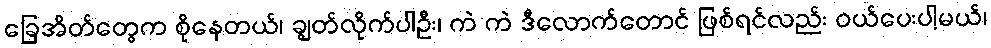
ခြေအိတ်တွေက စိုနေတယ်၊ ချွတ်လိုက်ပါဦး၊ ကဲ ကဲ ဒီလောက်တောင် ဖြစ်ရင်လည်း ဝယ်ပေးပါ့မယ်၊